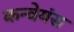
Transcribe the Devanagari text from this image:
कन्वेयंस